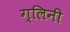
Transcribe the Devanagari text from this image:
ग्लिनी